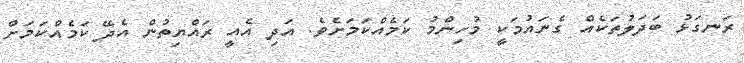
ރަނގަޅު ބަދަލުތަކެއް ގެނައުމަކީ މުހިންމު ކަމެއްކަމަށެވެ. އަދި އެއީ ރައްޔިތުން އެދޭ ކަމެއްކަމަށް